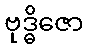
ဗုဒ္ဓိဇော